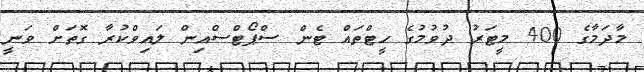
މާދަމާގެ 400 މީޓަރު ދުވުމުގެ ހީޓްތައް ޓެން ސްޕޯޓްސްއިން ލައިވްކުރާ ގޮތަށް ވަނީ